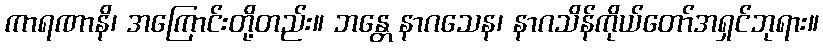
ကာရဏာနိ၊ အကြောင်းတို့တည်း။ ဘန္တေ နာဂသေန၊ နာဂသိန်ကိုယ်တော်အရှင်ဘုရား။